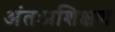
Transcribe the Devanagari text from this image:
अंतःप्रशिक्षण